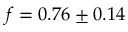
f = 0 . 7 6 \pm 0 . 1 4